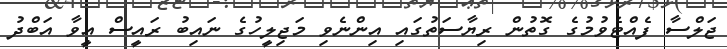
ޖަލްސާ ފެއްޓެވުމުގެ ގޮތުން ރިޔާސަތުގައި އިންނެވި މަޖިލީހުގެ ނައިބު ރައީސް އީވާ އަބްދު